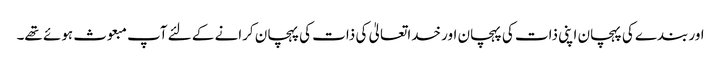
اور بندے کی پہچان اپنی ذات کی پہچان اور خداتعالیٰ کی ذات کی پہچان کرانے کے لئے آپ مبعوث ہوئے تھے۔